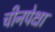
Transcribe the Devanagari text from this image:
चीनपेक्षा